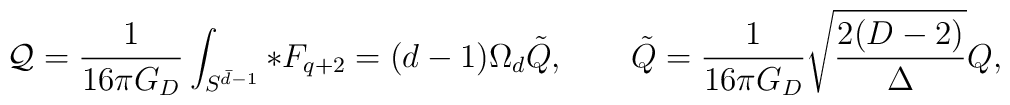
{\cal Q}={1\over 16\pi G_D}\int_{S^{\bar{d}-1}}*F_{q+2}=(d-1)\Omega_d \tilde{Q}, \qquad \tilde{Q} = {1\over 16\pi G_D}\sqrt{2(D-2)\over \Delta}Q,